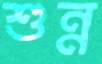
শুন্ন